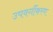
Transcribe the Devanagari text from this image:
उपवर्गीकरण